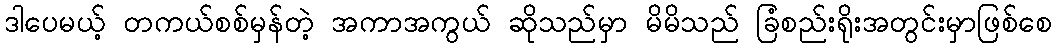
ဒါပေမယ့် တကယ်စစ်မှန်တဲ့ အကာအကွယ် ဆိုသည်မှာ မိမိသည် ခြံစည်းရိုးအတွင်းမှာဖြစ်စေ